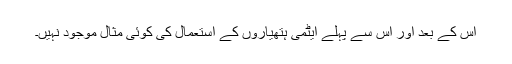
اس کے بعد اور اس سے پہلے ایٹمی ہتھیاروں کے استعمال کی کوئی مثال موجود نہیں۔